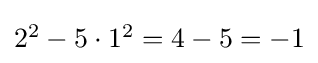
\textstyle 2^{2}-5\cdot 1^{2}=4-5=-1